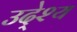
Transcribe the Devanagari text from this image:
उदे्श्य